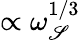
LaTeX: \propto\omega_{\mathscr{S}}^{1/3}